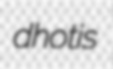
dhotis